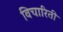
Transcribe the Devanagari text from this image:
विचारिती